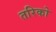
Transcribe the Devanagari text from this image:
तरिको